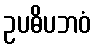
ဥပဓိပဘဝံ